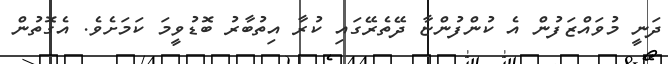
ދަނީ މުވައްޒަފުން އެ ކުންފުންޏާ ދޭތެރޭގައި ކުރާ އިތުބާރު ބޮޑުވީމަ ކަމަށެވެ. އެގޮތުން